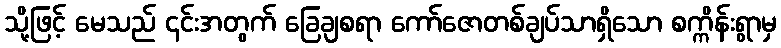
သို့ဖြင့် မေသည် ၎င်းအတွက် ခြေချစရာ ကော်ဇောတစ်ချပ်သာရှိသော စက္ကိန်းရွာမှ